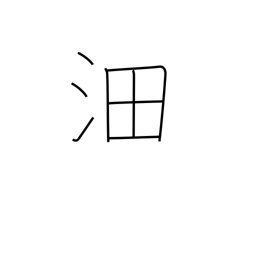
Meaning: vast surging waters